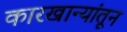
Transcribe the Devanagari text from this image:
कारखान्यांतून